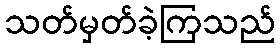
သတ်မှတ်ခဲ့ကြသည်